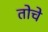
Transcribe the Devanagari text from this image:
तोचे